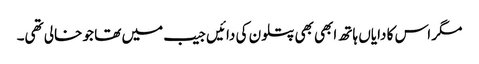
مگر اس کا دایاں ہاتھ ابھی بھی پتلون کی دائیں جیب میں تھا جو خالی تھی۔